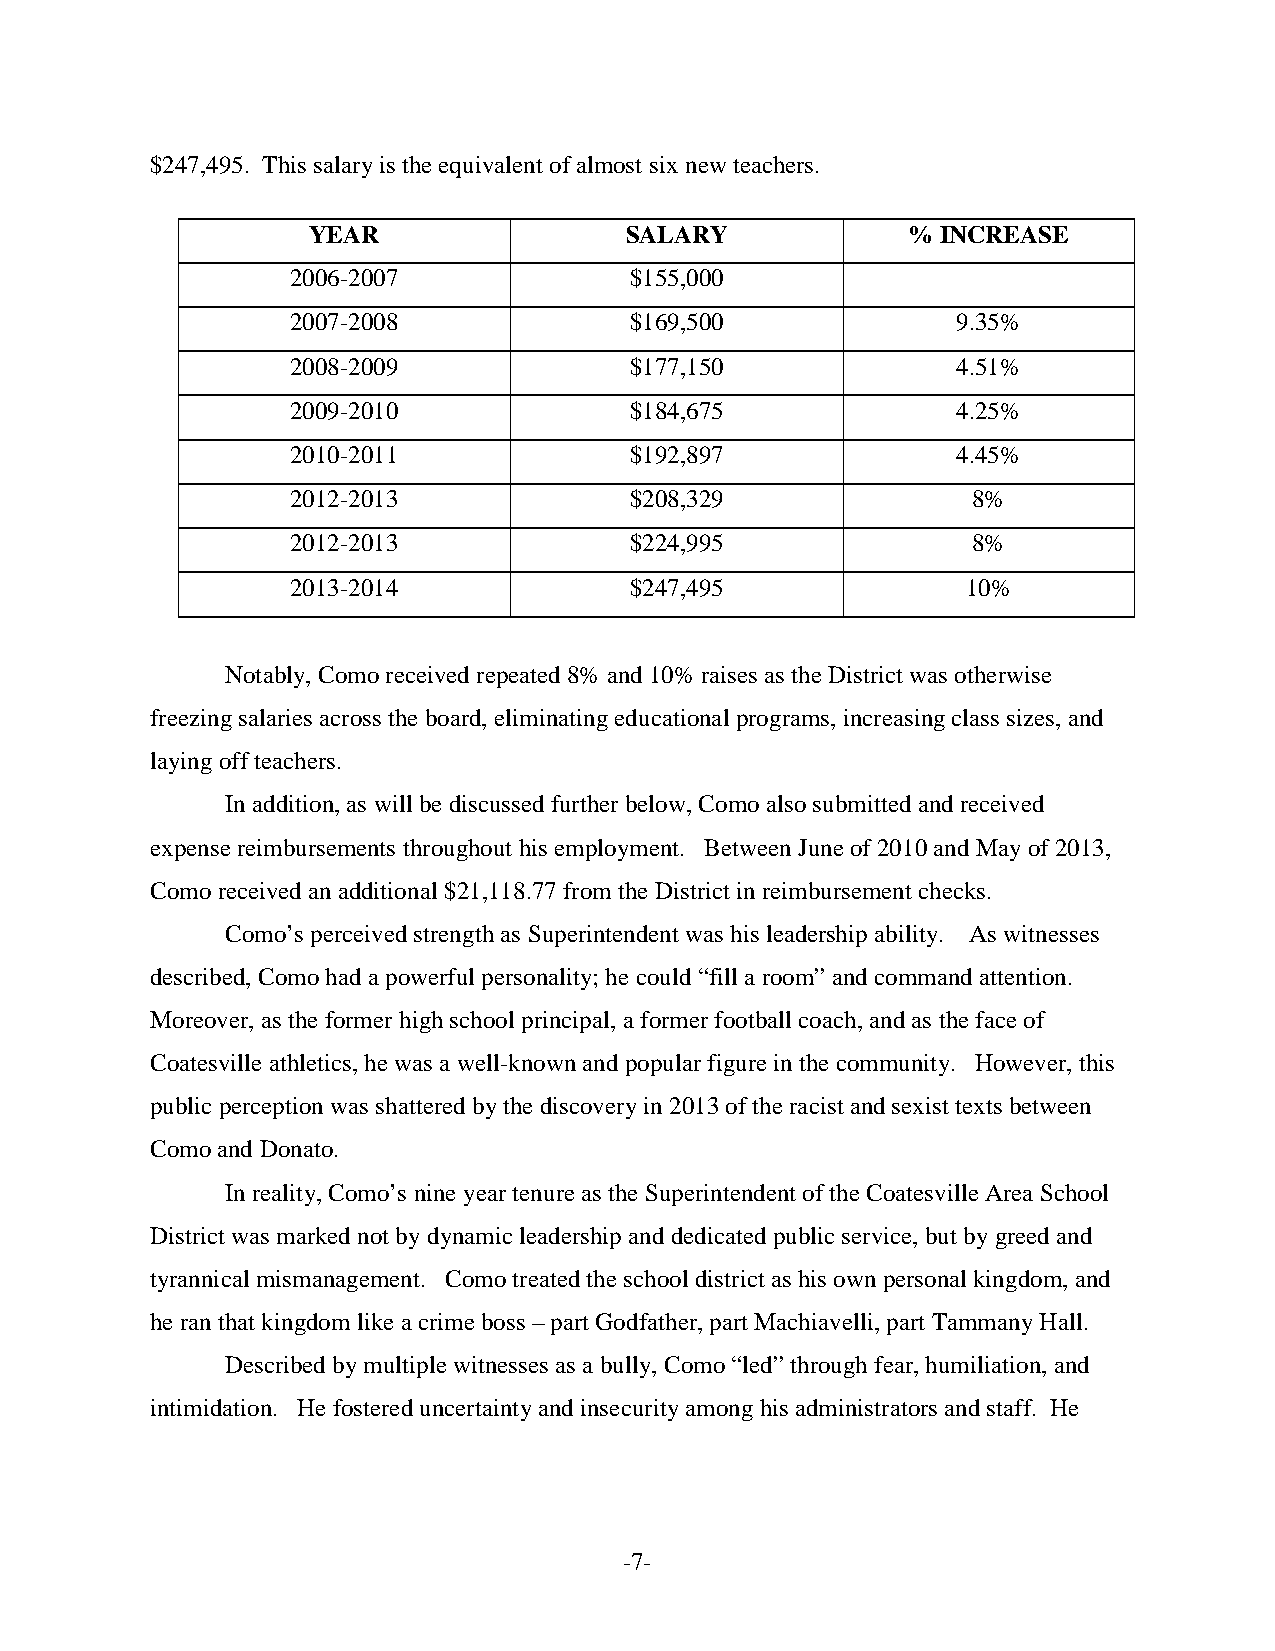
$247,495. This salary is the equivalent of almost six new teachers.
 YEAR                 SALARY             % INCREASE
 2006-2007              $155,000
 2007-2008              $169,500             9.35%
 2008-2009              $177,150             4.51%
 2009-2010              $184,675             4.25%
 2010-2011              $192,897             4.45%
 2012-2013              $208,329              8%
 2012-2013              $224,995              8%
 2013-2014              $247,495              10%
 Notably, Como received repeated 8% and 10% raises as the District was otherwise
 freezing salaries across the board, eliminating educational programs, increasing class sizes, and
 laying off teachers.
 In addition, as will be discussed further below, Como also submitted and received
 expense reimbursements throughout his employment. Between June of 2010 and May of 2013,
 Como received an additional $21,118.77 from the District in reimbursement checks.
 Como’s perceived strength as Superintendent was his leadership ability. As witnesses
 described, Como had a powerful personality; he could “fill a room” and command attention.
 Moreover, as the former high school principal, a former football coach, and as the face of
 Coatesville athletics, he was a well-known and popular figure in the community. However, this
 public perception was shattered by the discovery in 2013 of the racist and sexist texts between
 Como and Donato.
 In reality, Como’s nine year tenure as the Superintendent of the Coatesville Area School
 District was marked not by dynamic leadership and dedicated public service, but by greed and
 tyrannical mismanagement. Como treated the school district as his own personal kingdom, and
 he ran that kingdom like a crime boss – part Godfather, part Machiavelli, part Tammany Hall.
 Described by multiple witnesses as a bully, Como “led” through fear, humiliation, and
 intimidation. He fostered uncertainty and insecurity among his administrators and staff. He
 -7-